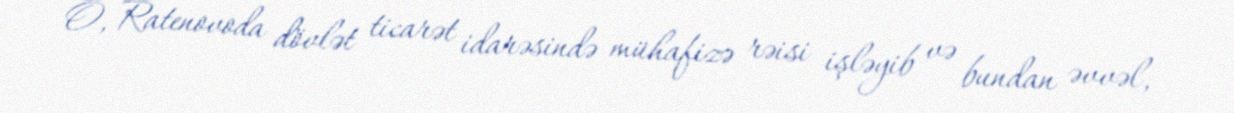
O, Ratenovoda dövlət ticarət idarəsində mühafizə rəisi işləyib və bundan əvvəl,